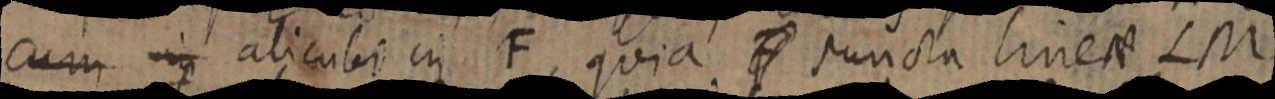
cum in alicubi in F, quia F puncta linea LM